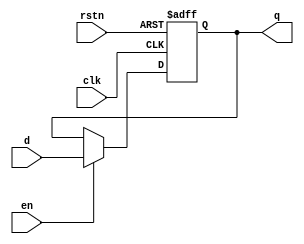
`timescale 1ns / 1ps
//////////////////////////////////////////////////////////////////////////////////
// Company: 
// Engineer: 
// 
// Design Name: 
// Module Name: register
// Project Name: 
// Target Devices: 
// Tool Versions: 
// Description: 
// 
// Dependencies: 
// 
// Revision:
// Revision 0.01 - File Created
// Additional Comments:
// 
//////////////////////////////////////////////////////////////////////////////////


module  register
#( parameter WIDTH = 8
)(
    input  clk, rstn, en,
    input  [WIDTH-1:0]  d,
    output reg  [WIDTH-1:0] q
);

always @(posedge clk, negedge rstn)
    if (!rstn) q <= 0;
    else  if (en)
        q <= d;

endmodule